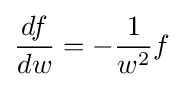
{\frac {df}{dw}}=-{\frac {1}{w^{2}}}f